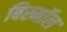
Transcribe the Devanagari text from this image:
बिस्मॉल